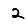
Digit: 2